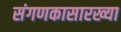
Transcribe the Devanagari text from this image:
संगणकासारख्या